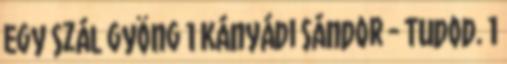
Egy szál gyöng 1 Kányádi Sándor - Tudod. 1